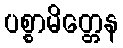
ပစ္စာမိတ္တေန